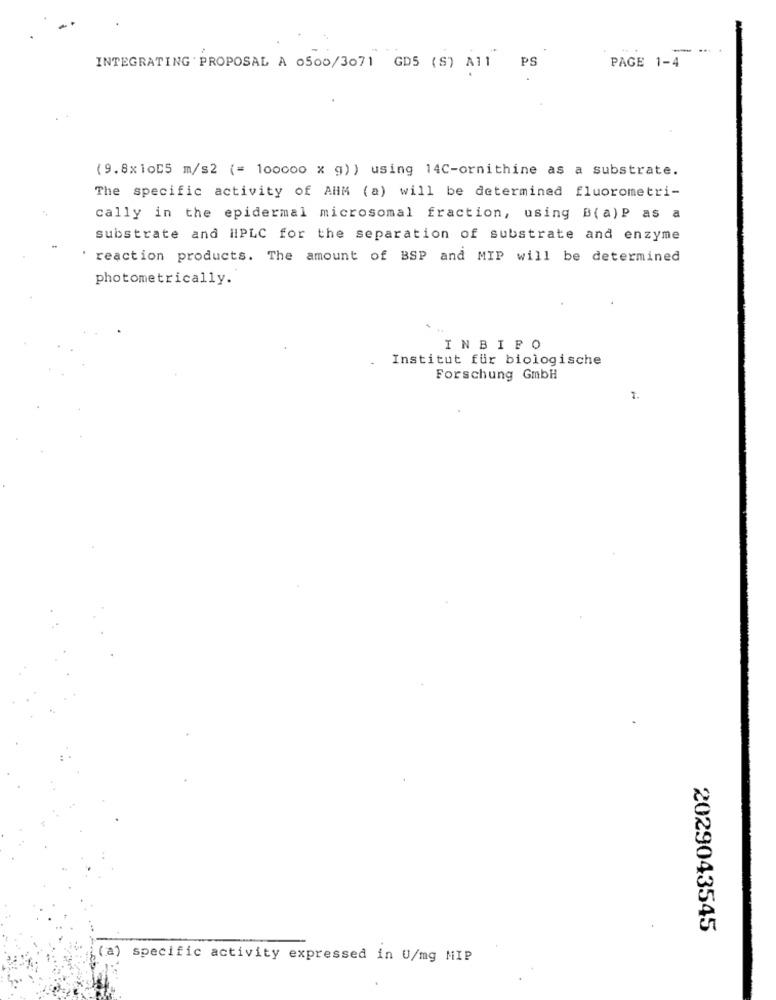
---
PS
PAGE 1-4
INTEGRATING PROPOSAL A 0500/3071 GD5 (S) A11
(9.8x1005 m/s2 (= 1ooooo x g) ) using 14C-ornithine as a substrate.
The specific activity of AHM (a) will be determined fluorometri-
cally in the epidermal microsomal fraction, using B(a)P as a
substrate and HPLC for the separation of substrate and enzyme
' reaction products. The amount of BSP and MIP will be determined
photometrically.
INBIPO
Institut für biologische
Forschung GmbH
1.
2029043545
(a)
specific activity expressed in U/mg MIP